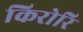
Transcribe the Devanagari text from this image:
किरोरि